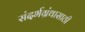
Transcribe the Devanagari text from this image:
संदर्भग्रंथासाठी